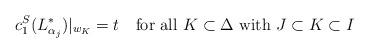
LaTeX: \begin{align*} c_1^S(L_{\alpha_j}^*)|_{w_K} =t \ \ \ \textrm{for all} \ K \subset \Delta \ \textrm{with} \ J \subset K \subset I \end{align*}